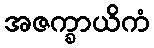
အဇက္ခာယိကံ